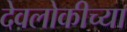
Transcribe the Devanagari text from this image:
देवलोकीच्या